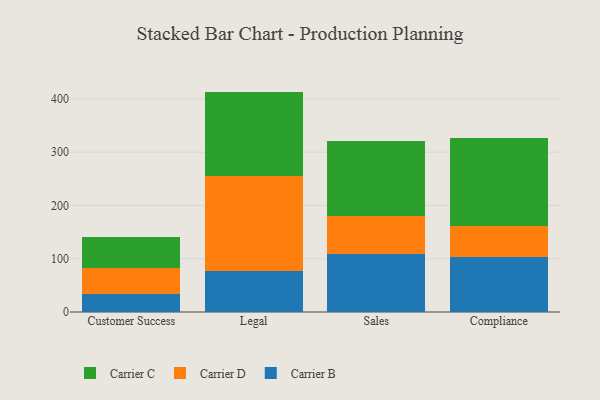
{"axis": {"x": "Department", "y": "Temperature (°C)"}, "legend": ["Carrier B", "Carrier C", "Carrier D"], "data": [{"x": "Customer Success", "y": 34.5, "type": "Carrier B"}, {"x": "Customer Success", "y": 48.3, "type": "Carrier D"}, {"x": "Customer Success", "y": 58.9, "type": "Carrier C"}, {"x": "Legal", "y": 77.1, "type": "Carrier B"}, {"x": "Legal", "y": 178.6, "type": "Carrier D"}, {"x": "Legal", "y": 158.1, "type": "Carrier C"}, {"x": "Sales", "y": 108.1, "type": "Carrier B"}, {"x": "Sales", "y": 72.7, "type": "Carrier D"}, {"x": "Sales", "y": 139.8, "type": "Carrier C"}, {"x": "Compliance", "y": 103.8, "type": "Carrier B"}, {"x": "Compliance", "y": 57.0, "type": "Carrier D"}, {"x": "Compliance", "y": 165.5, "type": "Carrier C"}]}